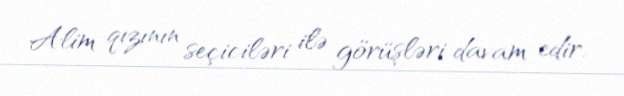
Alim qızının seçiciləri ilə görüşləri davam edir.